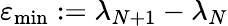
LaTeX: \varepsilon_{\mathrm{min}}:=\lambda_{N+1}-\lambda_{N}